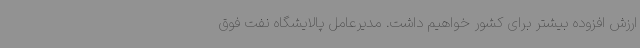
ارزش افزوده بیشتر برای کشور خواهیم داشت. مدیرعامل پالایشگاه نفت فوق